[Report on the health of British troops in the Madras command]
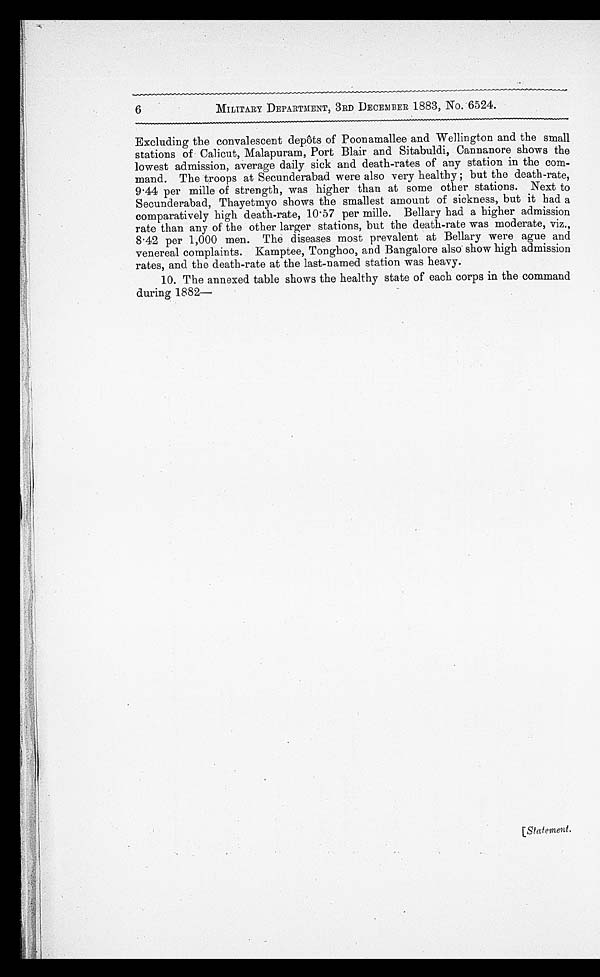
6
MILITARY DEPARTMENT, 3RD DECEMBER 1883, No. 6524.
Excluding the convalescent depôts of Poonamallee and Wellington and the small
stations of Calicut, Malapuram, Port Blair and Sitabuldi, Cannanore shows the
lowest admission, average daily sick and death-rates of any station in the com
-mand. The troops at Secunderabad were also very healthy; but the death-rate,
9.44 per mille of strength, was higher than at some other stations. Next to
Secunderabad, Thayetmyo shows the smallest amount of sickness, but it had a
comparatively high death-rate, 10.57 per mille. Bellary had a higher admission
rate than any of the other larger stations, but the death-rate was moderate, viz.,
8.42 per 1,000 men. The diseases most prevalent at Bellary were ague and
venereal complaints. Kamptee, Tonghoo, and Bangalore also show high admission
rates, and the death-rate at the last-named station was heavy.
10. The annexed table shows the healthy state of each corps in the command
during 1882—